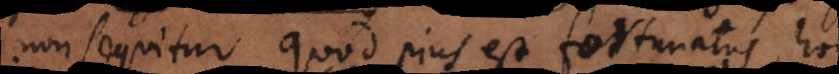
non sequitur quod pius est fortunatus, hoc